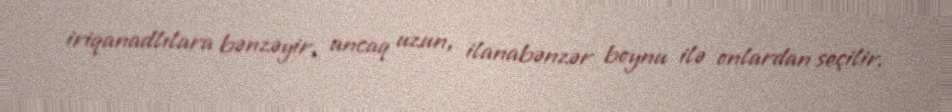
iriqanadlılara bənzəyir, ancaq uzun, ilanabənzər boynu ilə onlardan seçilir.